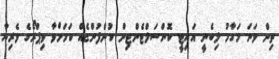
ތިން ވަނަ މަގާމު ލިބެނީ އައިޓީ ކޮންސަލްޓެންޓިން ކުންފުންޏެއް ކަމަށްވާ ވިޕްރޯގެ ވެރިޔާ